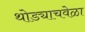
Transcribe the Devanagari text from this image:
थोड्याचवेळा